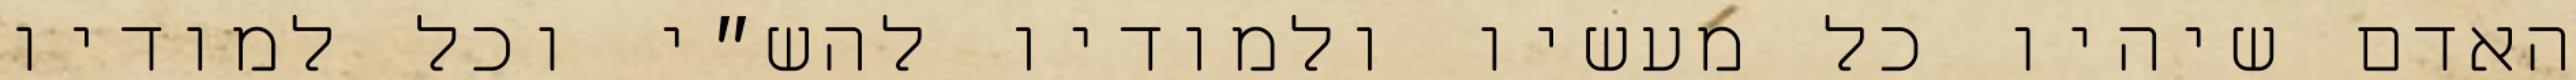
האדם שיהיו כל מעשיו ולמודיו להש״י וכל למודיו